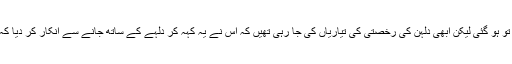
کیسر پورہ کے رہائشی شہجاج کی شادی تو ہو گئی لیکن ابھی دلہن کی رخصتی کی تیاریاں کی جا رہی تھیں کہ اس نے یہ کہہ کر دلہے کے ساتھ جانے سے انکار کر دیا کہ اس کے گھر میں تو ٹوائلٹ ہی نہیں ہے۔